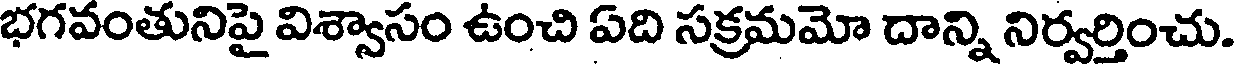
భగవంతునిపై విశ్వాసం ఉంచి ఏది సక్రమమో దాన్ని నిర్వర్తించు.